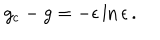
g _ { \mathrm { c } } - g = - \epsilon \ln \epsilon \, .